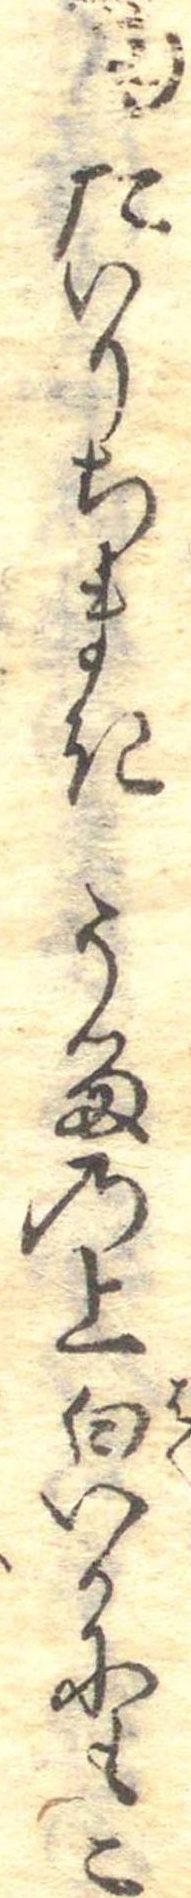
六十六たいりちまきうるの上白いかにもこ